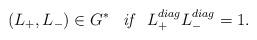
LaTeX: \begin{align*}(L_{+},L_{-})\in G^{*}\;\;\;\mbox{\it{if}} \;\;\; L_{+}^{diag}L_{-}^{diag}=1.\end{align*}